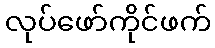
လုပ်ဖော်ကိုင်ဖက်